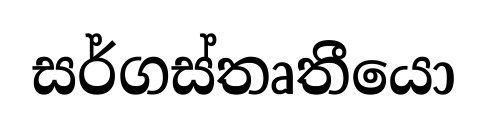
සර්ගස්තෘතීයො